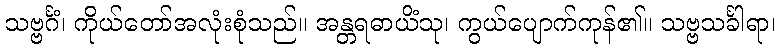
သဗ္ဗင်္ဂံ၊ ကိုယ်တော်အလုံးစုံသည်။ အန္တရဓာယိံသု၊ ကွယ်ပျောက်ကုန်၏။ သဗ္ဗသင်္ခါရာ၊